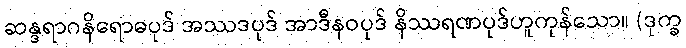
ဆန္ဒရာဂနိရောဓပုဒ် အဿဒပုဒ် အာဒီနဝပုဒ် နိဿရဏပုဒ်ဟူကုန်သော။ (ဒုက္ခ